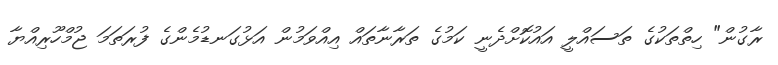
ރާގުން" ހިތްތަކުގެ ތަސައްލީ އައުކޮށްދެނީ ކަމުގެ ތަރާނާތައް އިއްވަމުން އަޅުގަނޑުމެންގެ ފުރަތަމަ ޖުމްހޫރިއްޔާ